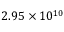
2 . 9 5 \times 1 0 ^ { 1 0 }